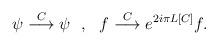
\begin{align*}\psi\stackrel{C}{\longrightarrow}\psi\ \ ,\ \ f\stackrel{C}{\longrightarrow} e^{2i\pi L[C]}f.\end{align*}